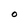
Character: O